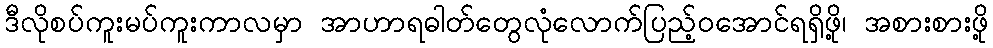
ဒီလိုစပ်ကူးမပ်ကူးကာလမှာ အာဟာရဓါတ်တွေလုံလောက်ပြည့်ဝအောင်ရရှိဖို့၊ အစားစားဖို့